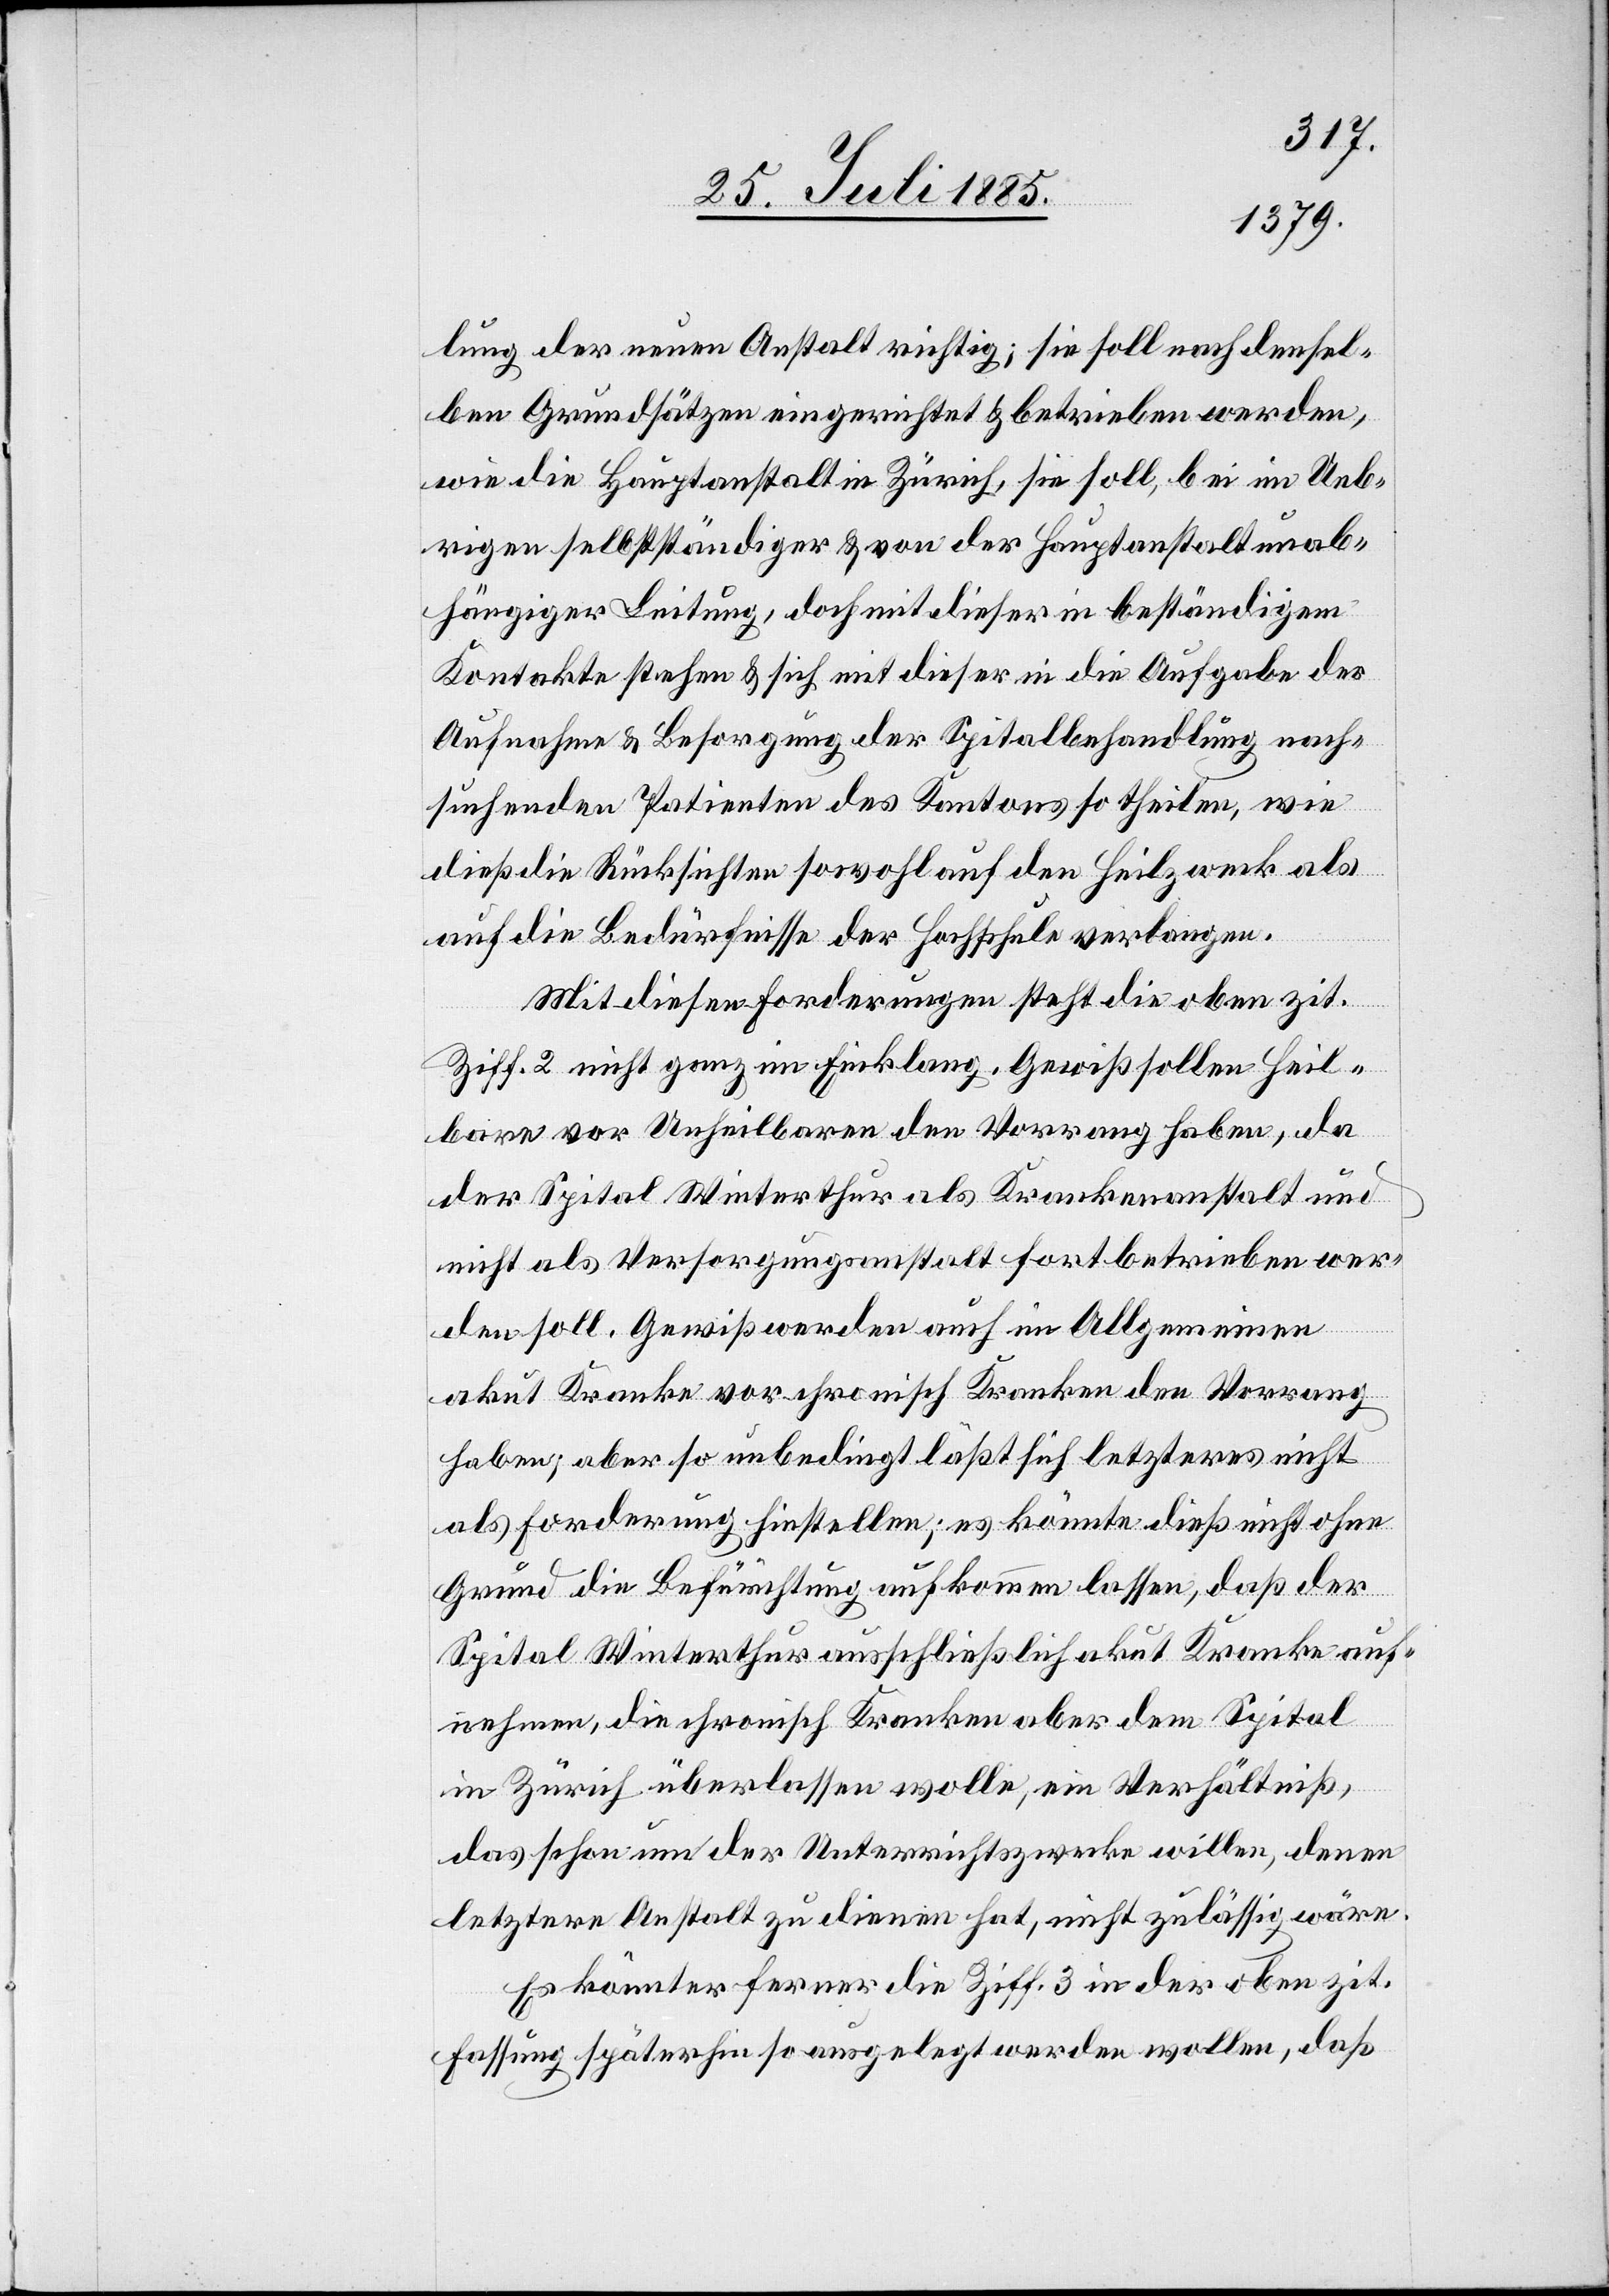
lung der neuen Anstalt richtig; sie soll nach densel¬
ben Grundsätzen eingerichtet & betrieben werden,
wie die Hauptanstalt in Zürich, sie soll, bei im Ueb¬
rigen selbstständiger & von der Hauptanstalt unab¬
hängiger Leitung, doch mit dieser in beständigem
Kontakte & Besorgung der Spitalbehandlung nach¬
suchenden Patienten des Kantons so theilen, wie
dieß die Rücksichten sowohl auf den Heilzweck als
auf die Bedürfnisse der Hochschule verlangen.
Mit diesen Forderungen steht die oben zit.
Ziff. 2 nicht ganz im Einklang. Gewiß sollen Heil¬
bare vor Unheilbaren den Vorrang haben, da
der Spital Winterthur als Krankenanstalt und
nicht als Versorgungsanstalt fortbetrieben wer¬
den soll. Gewiß werden auch im Allgemeinen
akut Kranke vor chronisch Kranken den Vorrang
haben; aber so unbedingt läßt sich letzteres nicht
als Forderung hinstellen; es könnte dieß nicht ohne
Grund die Befürchtung aufkommen lassen, daß der
Spital Winterthur ausschließlich akut Kranke auf¬
nehmen, die chronisch Kranken aber dem Spital
in Zürich überlassen wolle, ein Verhältniß,
das schon um der Unterrichtszwecke willen, denen
letztere Anstalt zu dienen hat, nicht zulässig wäre.
Es könnter [sic!] ferner die Ziff. 3 in der oben zit.
Fassung späterhin so ausgelegt werden wollen, daß